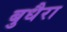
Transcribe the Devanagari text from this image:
बुधैरा